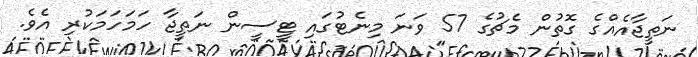
ނަތީޖާއެއްގެ ގޮތުން މެޗުގެ 57 ވަނަ މިނެޓުގައި ޓީސީން ނަތީޖާ ހަމަހަމަކުރި އެވެ.